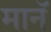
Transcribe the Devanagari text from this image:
मानॅ